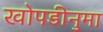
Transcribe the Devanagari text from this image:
खोपडीनुमा